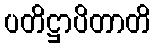
ပတိဋ္ဌာပိတာတိ